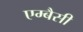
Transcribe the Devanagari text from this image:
एम्बैसी